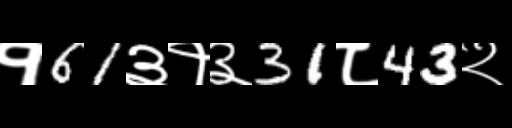
Text: १61३१३31८43२